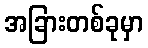
အခြားတစ်ခုမှာ